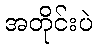
အတိုင်းပဲ